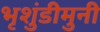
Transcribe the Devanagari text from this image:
भृशुंडीमुनी